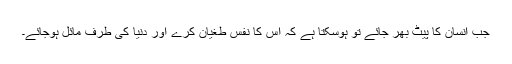
جب انسان کا پیٹ بھر جائے تو ہوسکتا ہے کہ اس کا نفس طغیان کرے اور دنیا کی طرف مائل ہوجائے۔